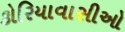
કોરિયાવાસીઓ